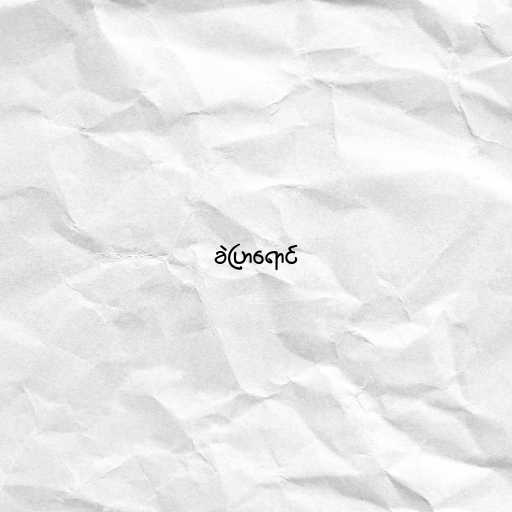
ခဲပြာရောင်